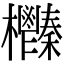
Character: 𣡎